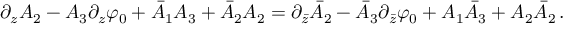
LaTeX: \partial _ { z } A _ { 2 } - A _ { 3 } \partial _ { z } \varphi _ { 0 } + \bar { A } _ { 1 } A _ { 3 } + \bar { A } _ { 2 } A _ { 2 } = \partial _ { \bar { z } } \bar { A } _ { 2 } - \bar { A } _ { 3 } \partial _ { \bar { z } } \varphi _ { 0 } + A _ { 1 } \bar { A } _ { 3 } + A _ { 2 } \bar { A } _ { 2 } \, .